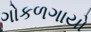
ગોકળગાયો